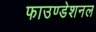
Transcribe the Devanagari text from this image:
फाउण्डेशनल